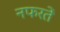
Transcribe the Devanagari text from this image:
नफरतें